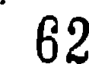
62